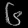
Digit: ၆